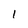
Character: 1